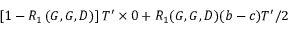
\left[ 1 - R _ { 1 } \left( G , G , D \right) \right] T ^ { \prime } \times 0 + R _ { 1 } ( G , G , D ) ( b - c ) T ^ { \prime } / 2